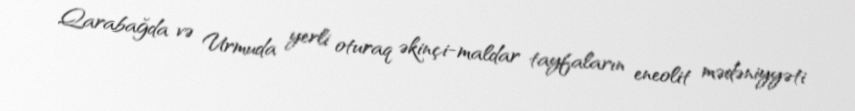
Qarabağda və Urmuda yerli oturaq əkinçi-maldar tayfaların eneolit mədəniyyəti